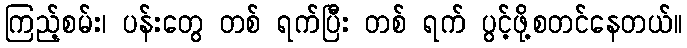
ကြည့်စမ်း၊ ပန်းတွေ တစ် ရက်ပြီး တစ် ရက် ပွင့်ဖို့စတင်နေတယ်။